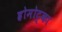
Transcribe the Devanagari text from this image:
ह्रोमोट्का